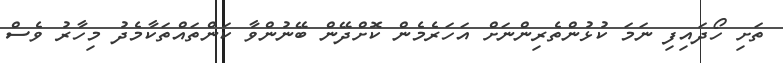
ތަށި ހޯދައިފި ނަމަ ކުޅުންތެރިންނަށް އަހަރެމެން ކޮށްދޭން ބޭނުންވާ ކަންތައްތަކާމެދު މިހާރު ވެސް